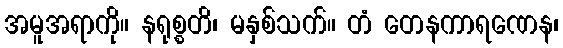
အမူအရာကို။ နရုစ္စတိ၊ မနှစ်သက်။ တံ တေနကာရဏေန၊